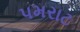
પમરાટ